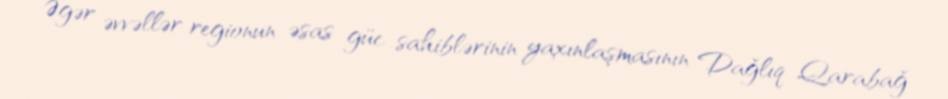
Əgər əvvəllər regionun əsas güc sahiblərinin yaxınlaşmasının Dağlıq Qarabağ